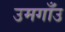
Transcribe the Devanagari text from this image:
उमगाँउ